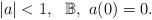
LaTeX: \begin{align*}|a| <1, \ \ \mathbb B, \ a(0)=0.\end{align*}